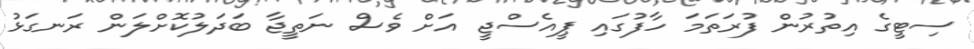
ސިޓީގެ އިތުރުން ފުރަތަމަ ހާފުގައި ޕީއެސްޖީ އަށް ވެސް ނަތީޖާ ބަދަލުކޮށްލަން ރަނގަޅު